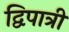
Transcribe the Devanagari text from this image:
द्विपात्री